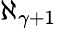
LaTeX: \aleph_{\gamma+1}